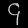
Digit: ၄